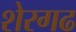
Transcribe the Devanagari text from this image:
शेरगढ